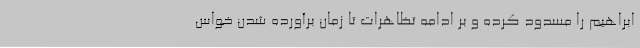
ابراهیم را مسدود کرده و بر ادامه تظاهرات تا زمان برآورده شدن خواس